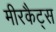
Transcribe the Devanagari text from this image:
मीरकैट्स